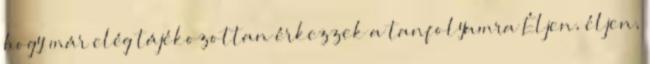
hogy már elég tájékozottan érkezzek a tanfolyamra Éljen, éljen,